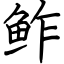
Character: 鲊